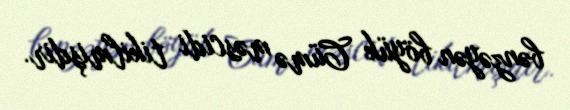
bənzəyən böyük Cümə məscidi tikilmişdir.